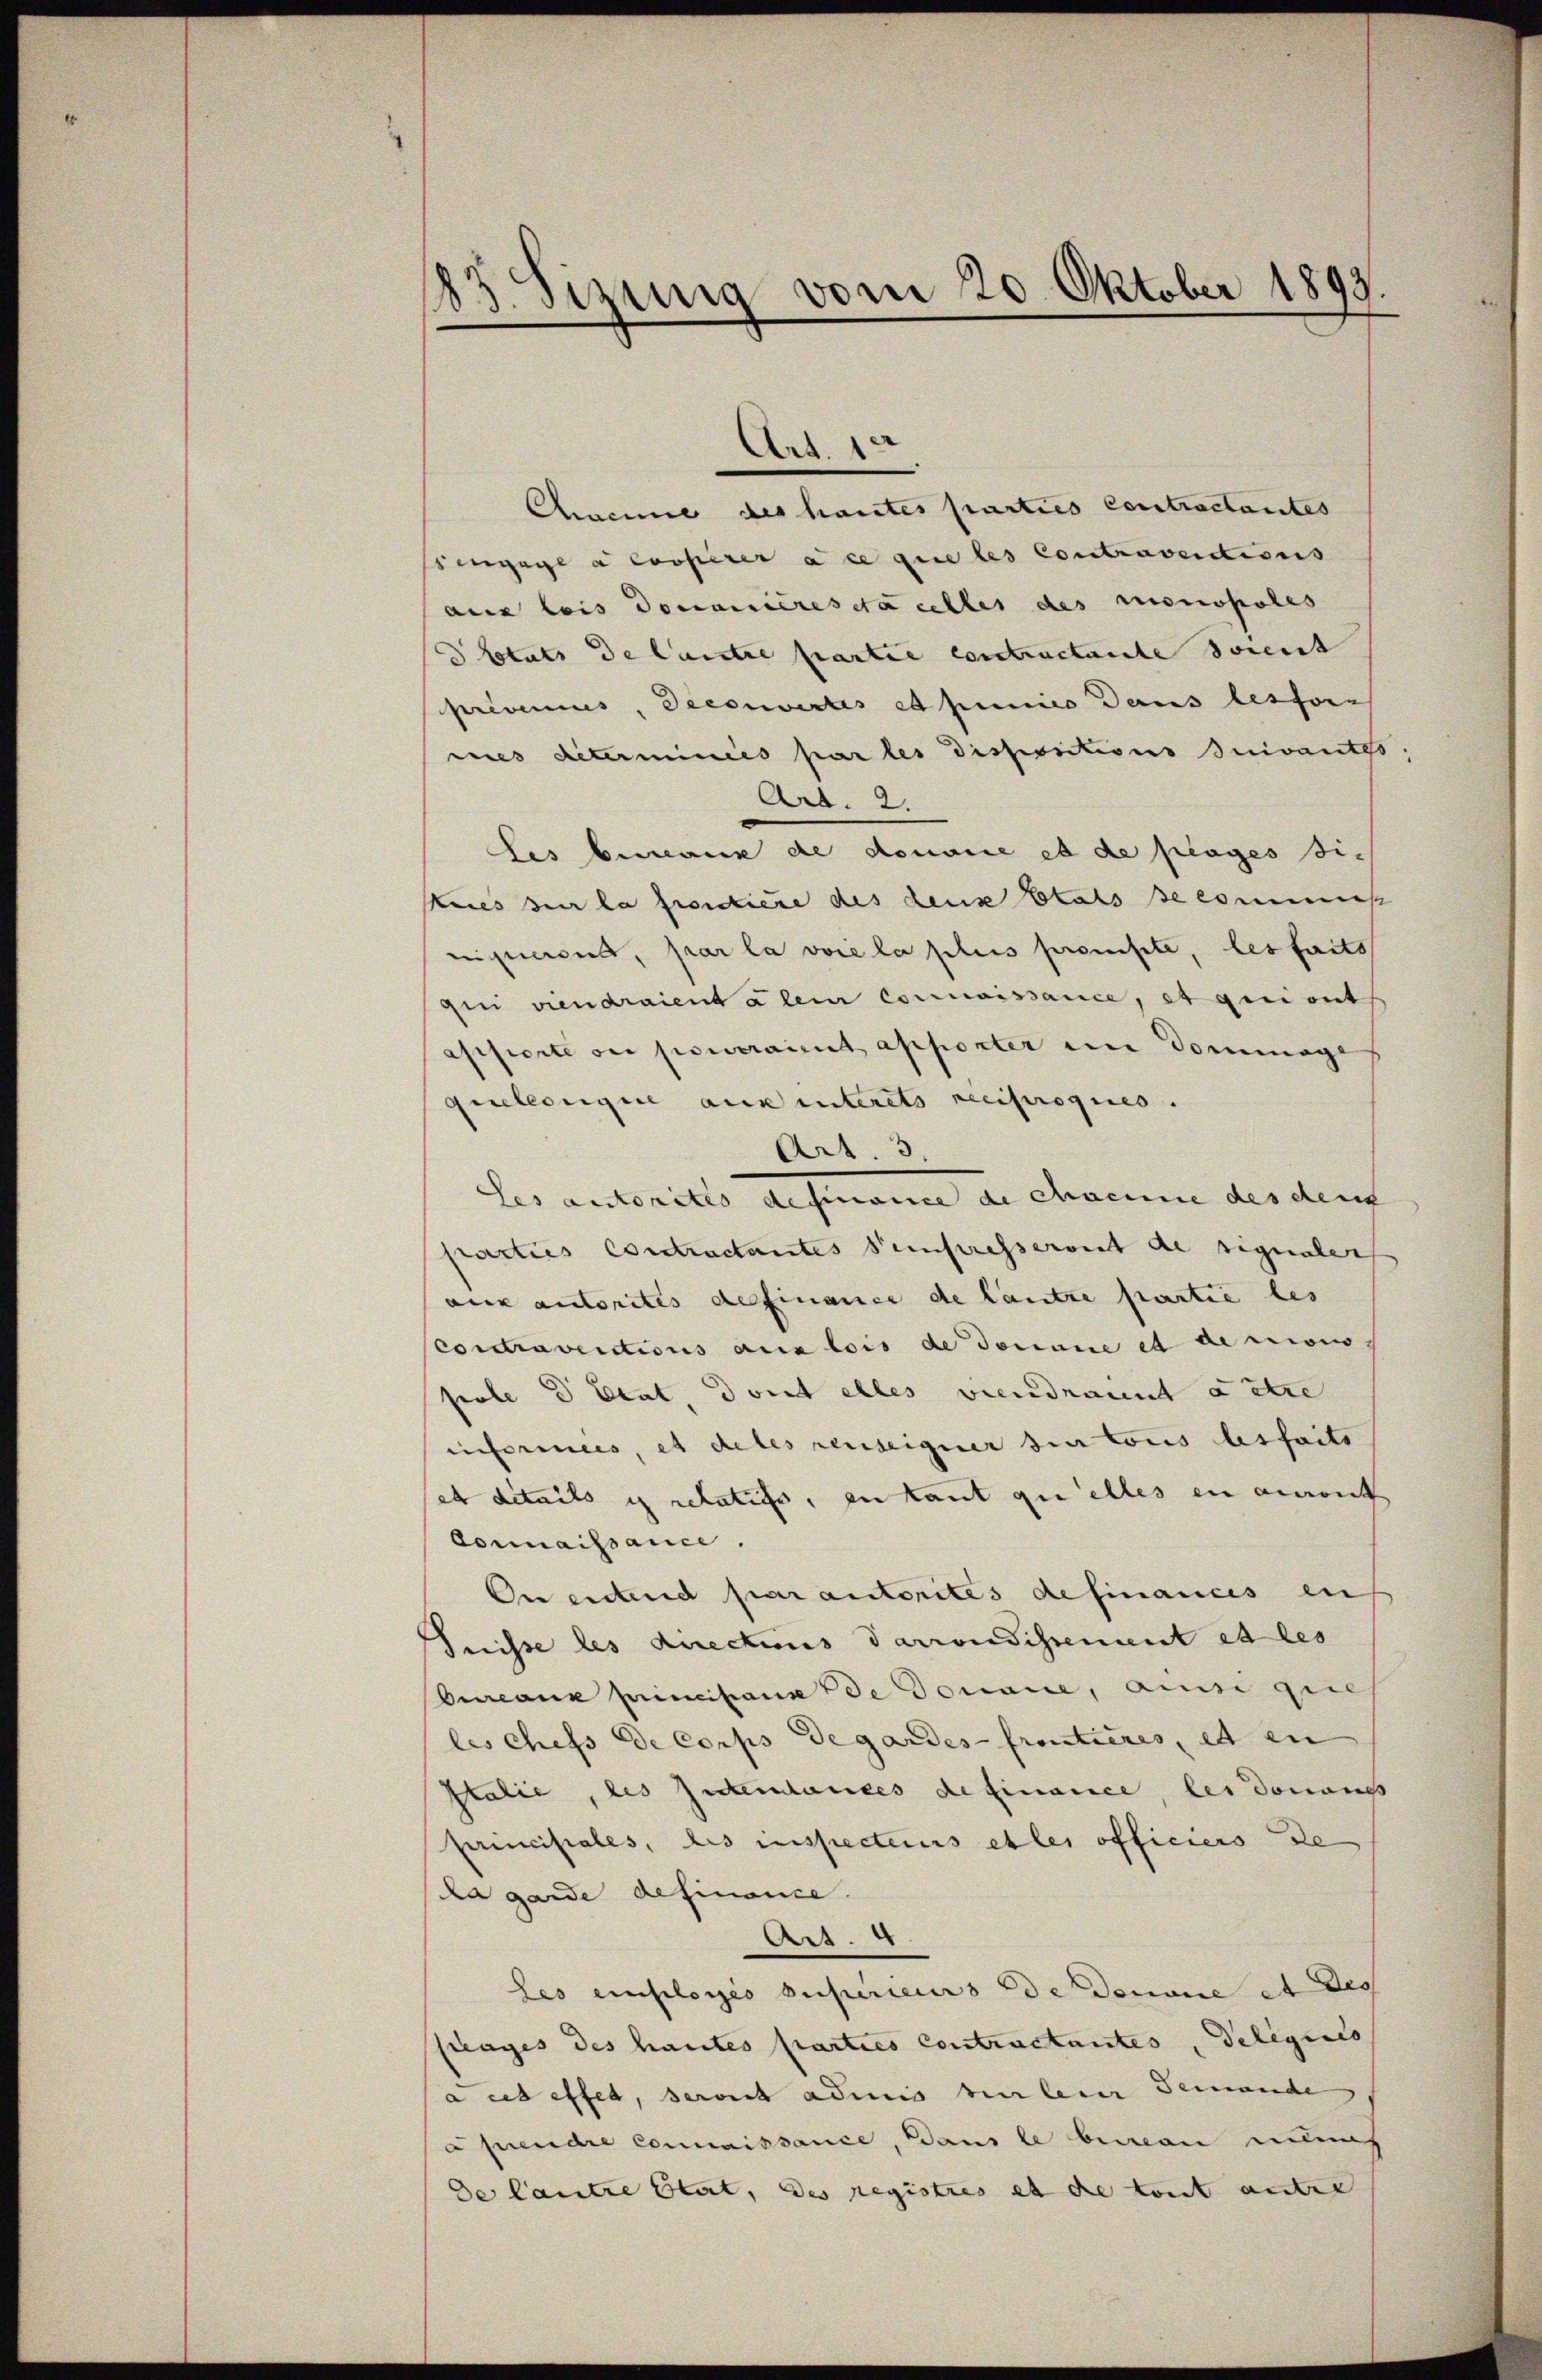
Sizung vom 20. Oktober 1899.
.

Chmanne des hautes parties Contractantes
egage a copirera ce que les Contraventions
aux lois Donaueresia celles des Monopoles
totuts de laute partie contractante docent
prévenius, Decorirtes et penico Dans lessore
nes Reterminées par les dispositions suivantes,
Art. 2.
Les beaux de donaue es de plages sic
Keils der la frondiere des deux Etats se commiß
eignement, par la vore la plus prompte, les faits
qui viendraient a lein Commissance, et qui ont
assierte ou pourraient apporter ein Dommage
quelcongue aus unterets reciproques.
Art. 3.
les autorites aufmann de chacun des dem |
parties Contractantes Sempresseront de signaler
aux autorites definance de lautre partie les
Corctraventions aux lois de Jonaue et de mois,
seele D Etat, dont alles viendrannt autre
informes, es detes reuseigner sie tous leisfaits
set ditails is relatifs, zu tant zu alles en auront
Connaissance.
On endend par autorites definances auf
Fnisse les direchens Parrondissement et les
Cureaux principana de Donaue, ainsi quie
les chefs de Corps degardes frontieres, et en
Italie, des Intendances de Finance, les donauss
princiscales, des inspecteurs etles officiers de
da garde definance.
Art. 4.
Les einfloyés superieurs de Donaue et des
plages des hautes parties Contractantes, Delegio
a ces effet, derseit admis vielener Jemande
afiendre connaissance, dans le bewann nun
de Cantze blat, des registres et die tout unter

Art. 12